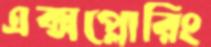
এক্সপ্লোরিং